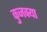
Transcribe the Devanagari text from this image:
कुजक्या